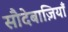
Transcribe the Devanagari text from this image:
सौदेबाज़ियाँ